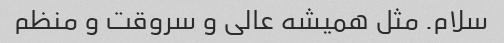
سلام. مثل همیشه عالی و سروقت و منظم